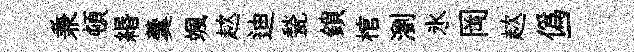
兼頓緡羹颯趑迪甃鎖棺瀏氷岡趑僞一